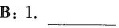
B:1.___